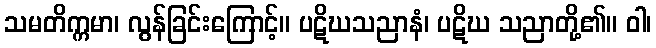
သမတိက္ကမာ၊ လွန်ခြင်းကြောင့်။ ပဋိဃသညာနံ၊ ပဋိဃ သညာတို့၏။ ဝါ၊